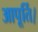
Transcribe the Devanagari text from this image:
आपूर्ति।